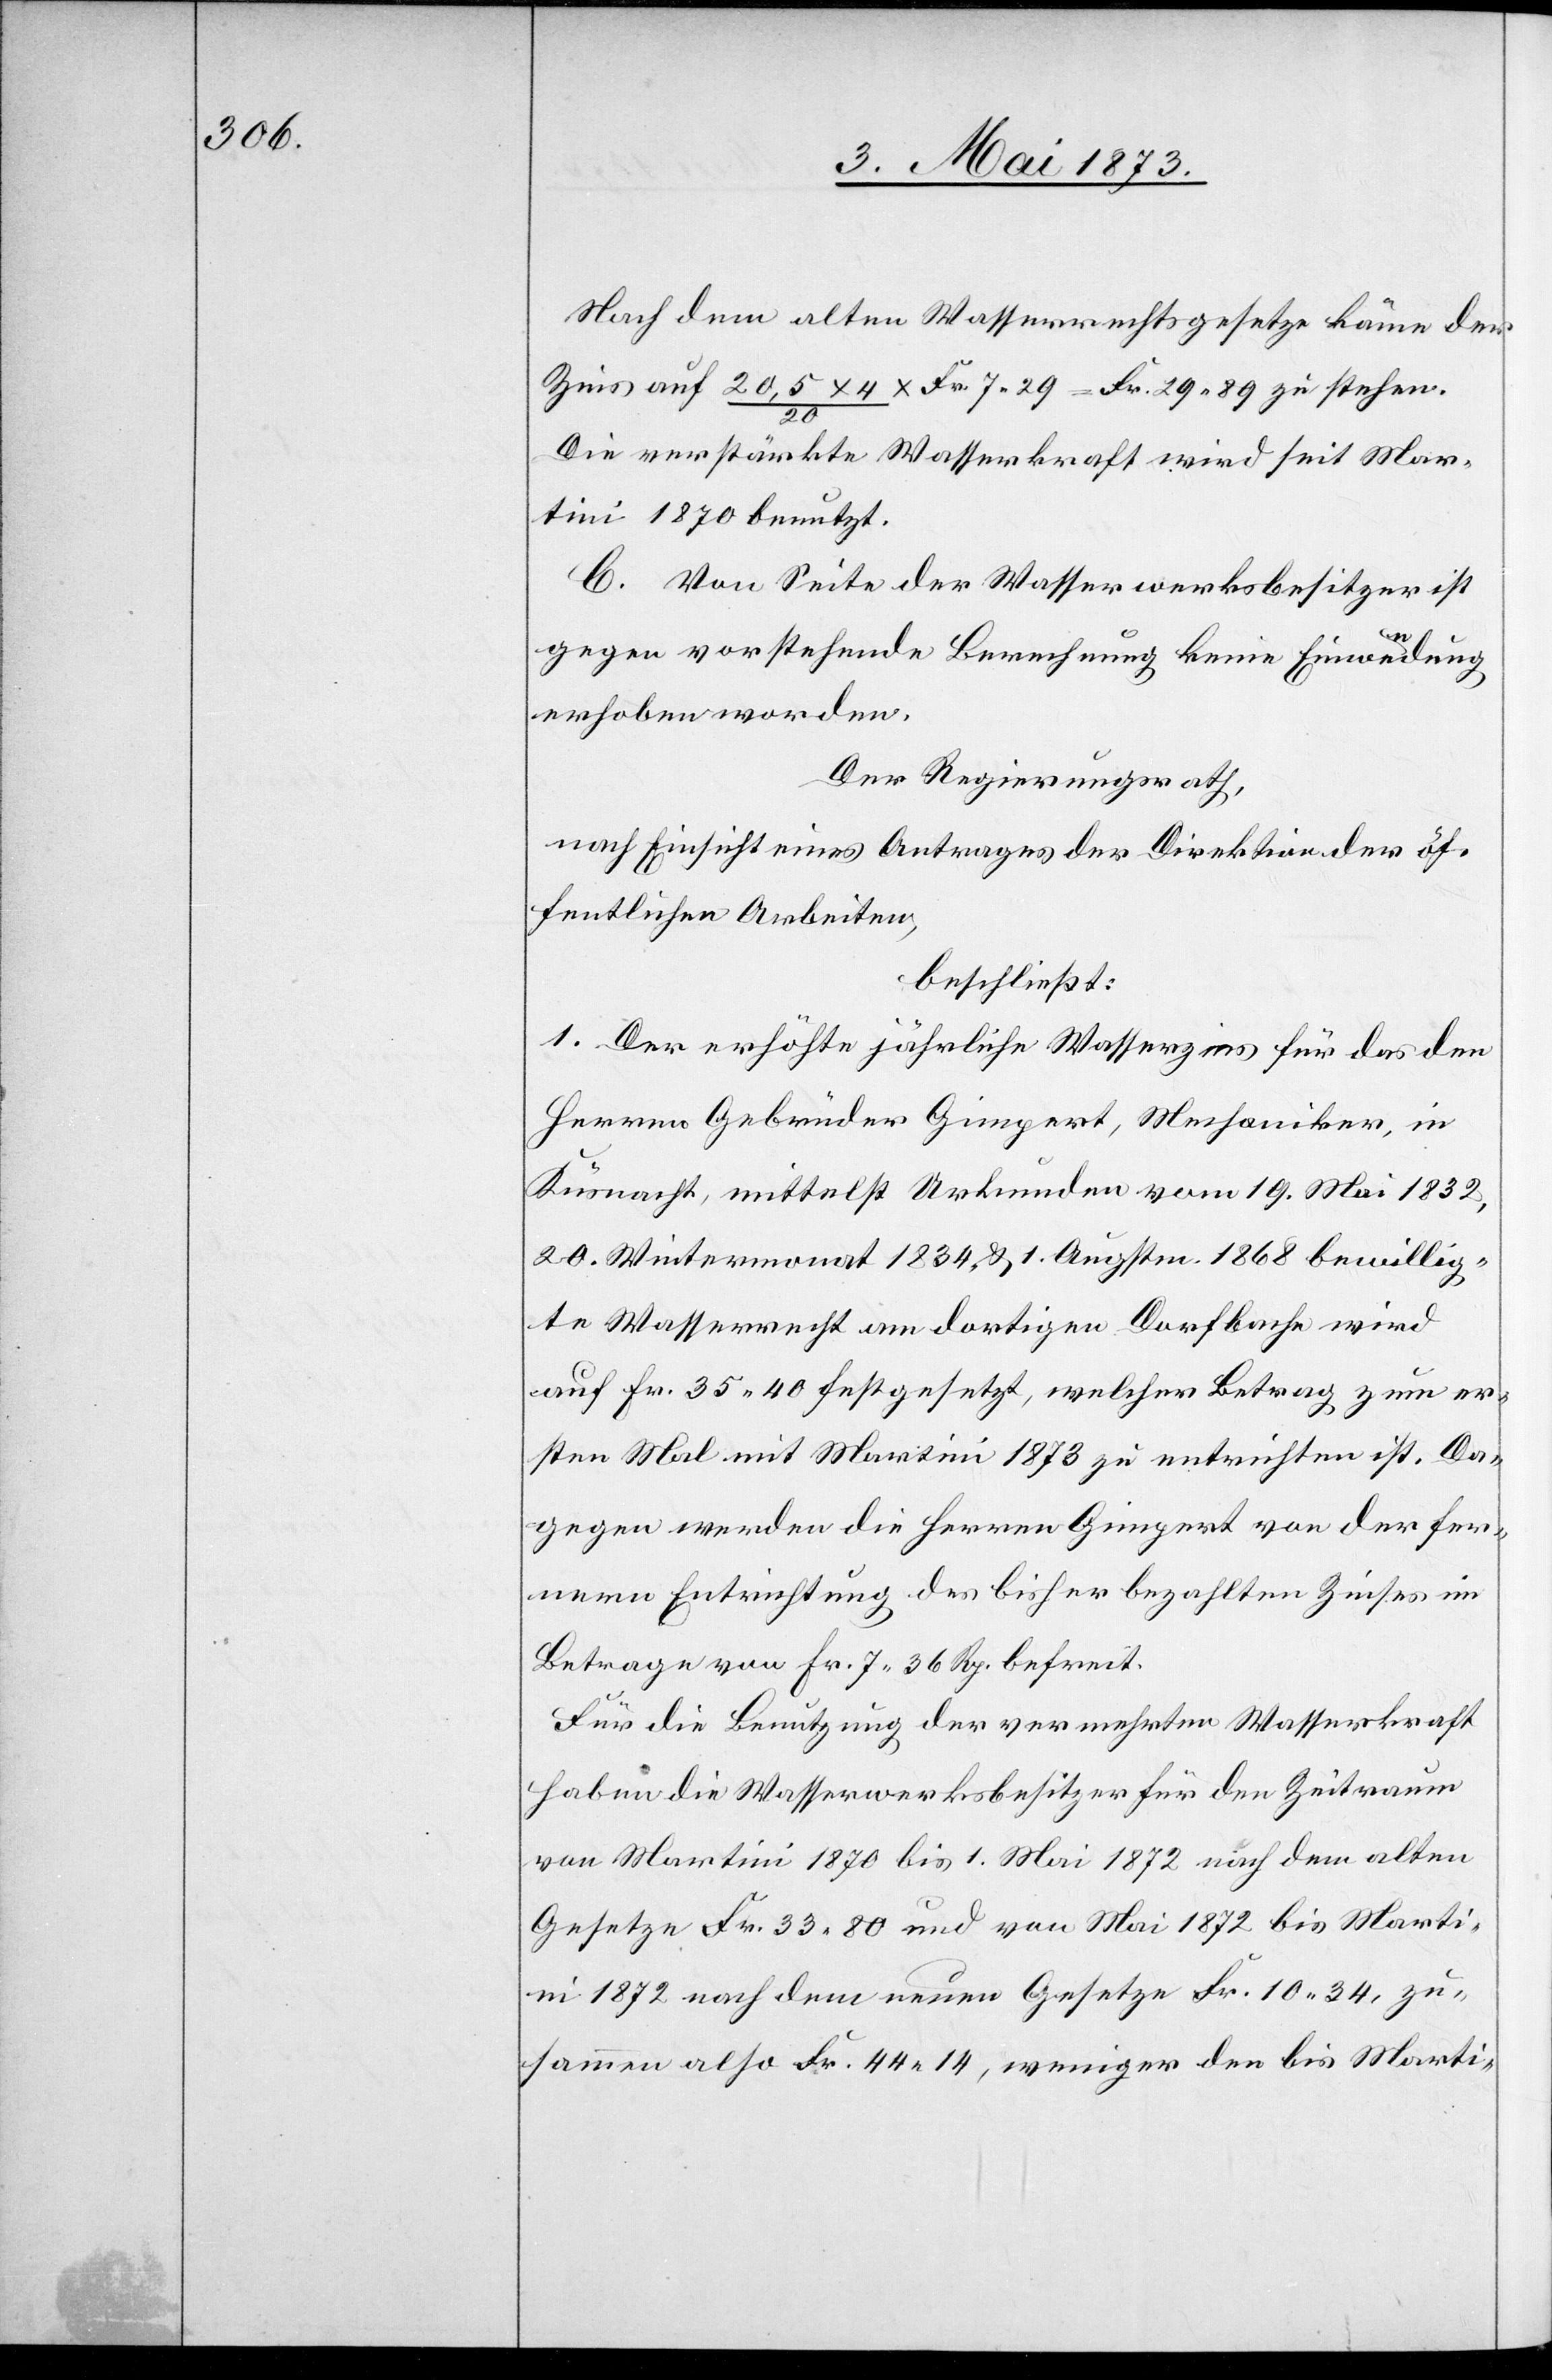
nach dem alten Wasserrechtsgesetze käme der
Zins auf 20,5 x 4/20 x Fr. 7 29 = Fr. 29 89 zu stehen.
Die verstärkte Wasserkraft wird seit Mar¬
tini 1870 benutzt.
C. Von Seite der Wasserwerksbesitzer ist
gegen vorstehende Berechnung keine Einwendung
erhoben worden.
Der Regierungsrath,
nach Einsicht eines Antrages der Direktion der öf¬
fentlichen Arbeiten,
beschließt:
1. Der erhöhte jährliche Wasserzins für das den
Herren Gebrüder Gimpert, Mechaniker, in
Küsnacht, mittelst Urkunden vom 19. Mai 1832,
20. Wintermonat 1834, & 1. Augstm. 1868 bewillig¬
te Wasserrecht am dortigen Dorfbache wird
auf Fr. 35 40 festgesetzt, welcher Betrag zum er¬
sten Mal mit Martini 1873 zu entrichten ist. Da¬
gegen werden die Herren Gimpert von der fer¬
nern Entrichtung des bisher bezahlten Zinses im
Betrage von Fr. 7 36 Rp. befreit.
Für die Benutzung der vermehrten Wasserkraft
haben die Wasserwerksbesitzer für den Zeitraum
von Martini 1870 bis 1. Mai 1872 nach dem alten
Gesetze Fr. 33 80 und von Mai 1872 bis Marti¬
ni 1872 nach dem neuen Gesetze Fr. 10 34, zu¬
sammen also Fr. 44 14, weniger den bis Marti-